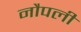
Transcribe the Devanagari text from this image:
नौपली